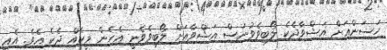
ހަސަންއަށް އަޝްވާދެކެ ލޯބިވެވުނަސް އަޝްވާއަށް ލޯބިވެވެނީ އެހެން މީހެއް ދެކެ އެވެ. އެއީ